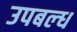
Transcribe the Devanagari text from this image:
उपबल्ध